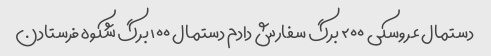
دستمال عروسکی ۲۰۰ برگ سفارش دادم دستمال ۱۰۰ برگ شکوه فرستادن